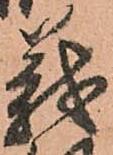
義